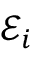
\mathscr { E } _ { i }